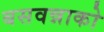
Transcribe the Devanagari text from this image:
बसवन्नाको